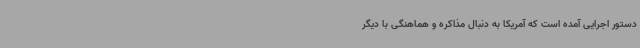
دستور اجرایی آمده است که آمریکا به دنبال مذاکره و هماهنگی با دیگر